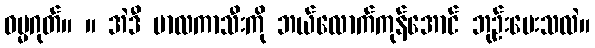
ဓမ္မဂုတ်။ ။ အဲဒီ မာလကာသီးကို ဘယ်လောက်ကုန်အောင် ဘုဉ်းပေးသလဲ။